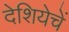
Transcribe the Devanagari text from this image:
देशियेचें